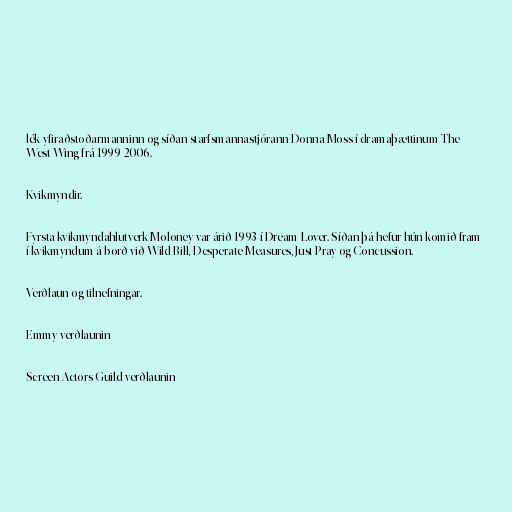
lék yfiraðstoðarmanninn og síðan starfsmannastjórann Donna Moss í dramaþættinum The
West Wing frá 1999-2006.

Kvikmyndir.

Fyrsta kvikmyndahlutverk Moloney var árið 1993 í Dream Lover. Síðan þá hefur hún komið fram
í kvikmyndum á borð við Wild Bill, Desperate Measures, Just Pray og Concussion.

Verðlaun og tilnefningar.

Emmy-verðlaunin

Screen Actors Guild-verðlaunin